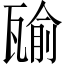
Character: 𤭷